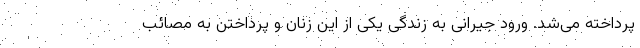
پرداخته می‌شد. ورود جیرانی به زندگی یکی از این زنان و پرداختن به مصائب